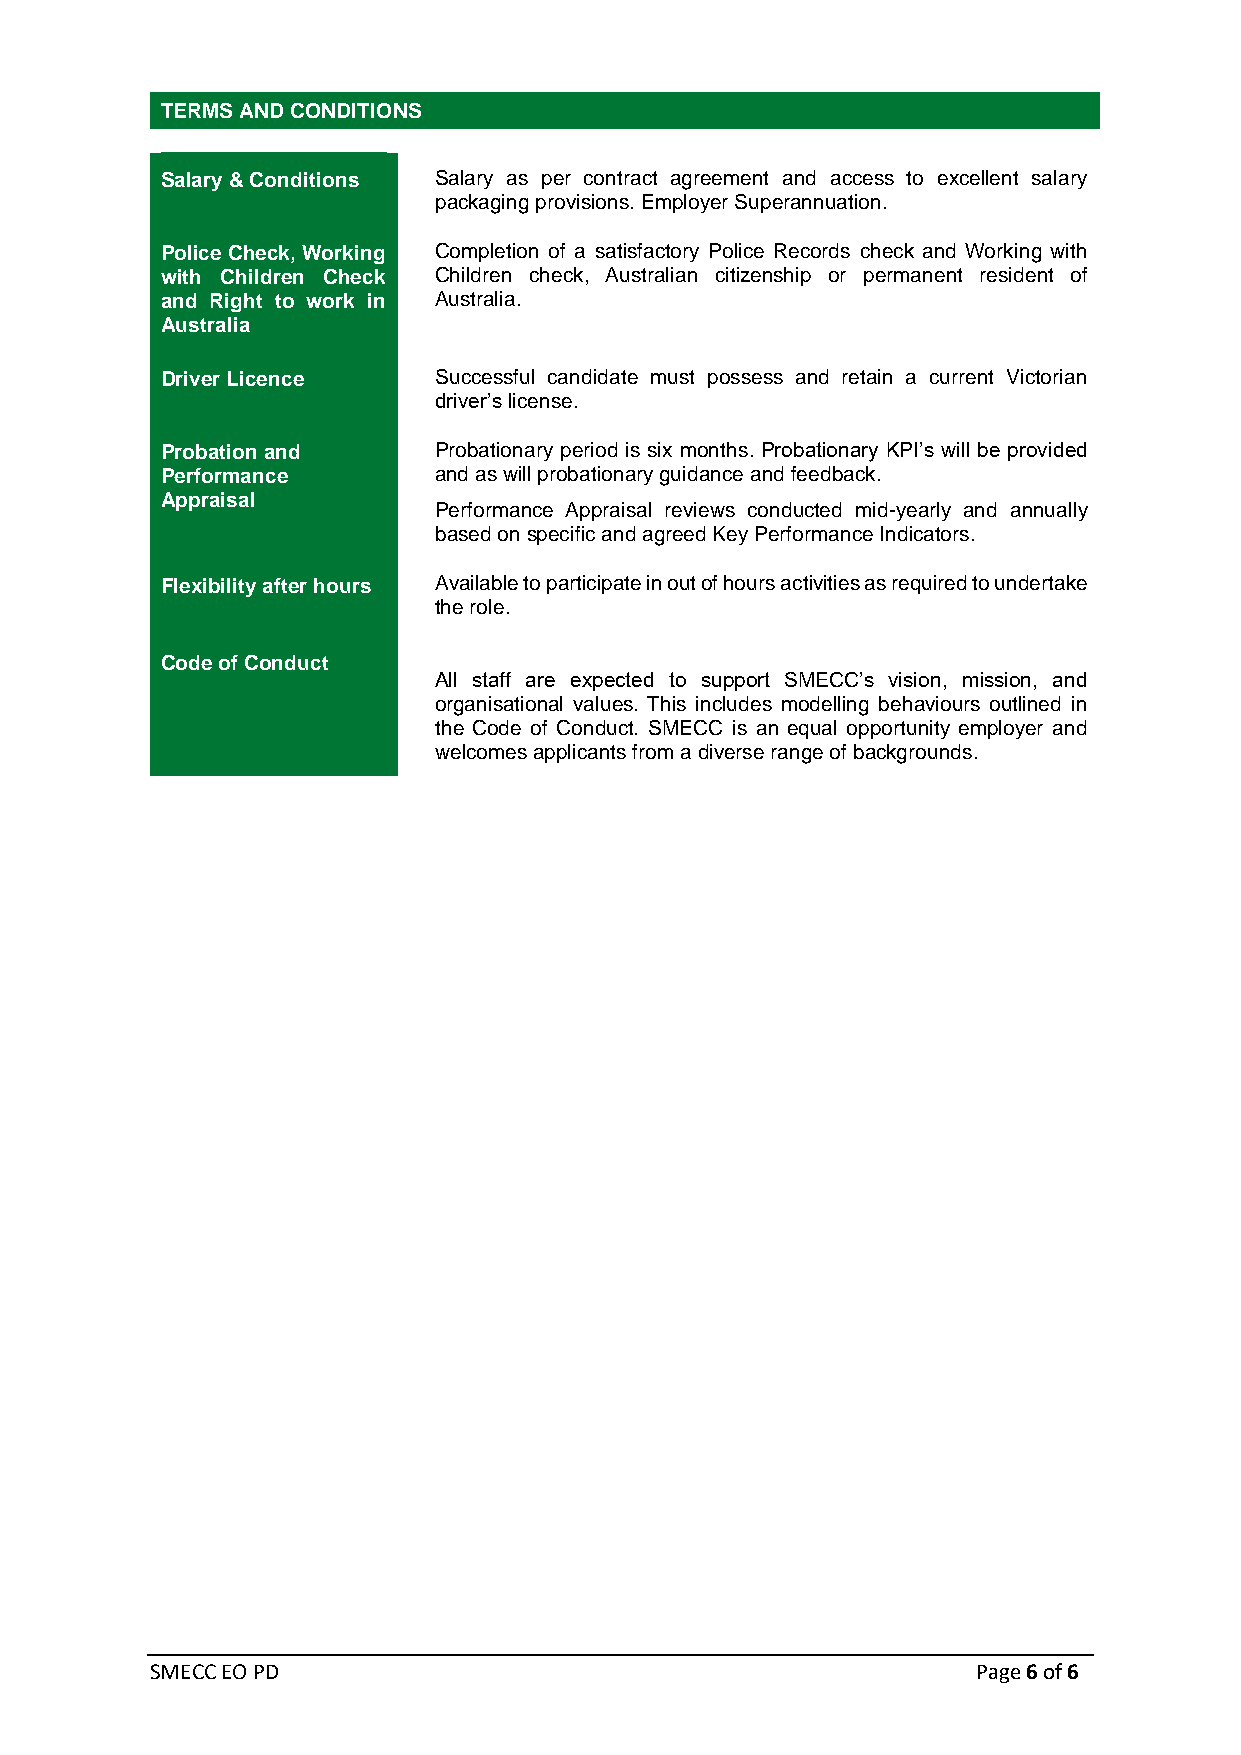
TERMS AND CONDITIONS
 Salary & Conditions Salary as per contract agreement and access to excellent salary
 packaging provisions. Employer Superannuation.
 Police Check, Working Completion of a satisfactory Police Records check and Working with
 with Children Check Children check, Australian citizenship or permanent resident of
 and Right to work in Australia.
 Australia
 Driver Licence    Successful candidate must possess and retain a current Victorian
 driver’s license.
 Probation and     Probationary period is six months. Probationary KPI’s will be provided
 Performance       and as will probationary guidance and feedback.
 Appraisal
 Performance Appraisal reviews conducted mid-yearly and annually
 based on specific and agreed Key Performance Indicators.
 Flexibility after hours Available to participate in out of hours activities as required to undertake
 the role.
 Code of Conduct
 All staff are expected to support SMECC’s vision, mission, and
 organisational values. This includes modelling behaviours outlined in
 the Code of Conduct. SMECC is an equal opportunity employer and
 welcomes applicants from a diverse range of backgrounds.
 SMECC EO PD                                            Page 6 of 6